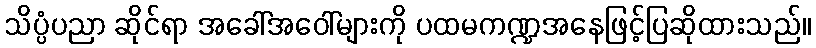
သိပ္ပံပညာ ဆိုင်ရာ အခေါ်အဝေါ်များကို ပထမကဏ္ဍအနေဖြင့်ပြဆိုထားသည်။